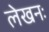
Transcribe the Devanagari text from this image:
लेखनः